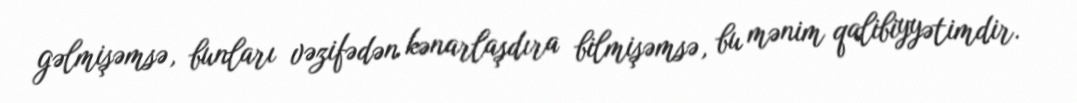
gəlmişəmsə, bunları vəzifədən kənarlaşdıra bilmişəmsə, bu mənim qalibiyyətimdir.